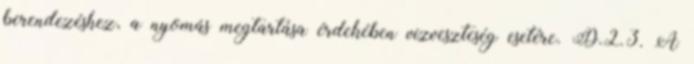
berendezéshez, a nyomás megtartása érdekében vízveszteség esetére. D.2.3. A